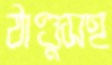
ঠাণ্ডুসহ